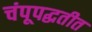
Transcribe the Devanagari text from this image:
चंपूपद्धतीत